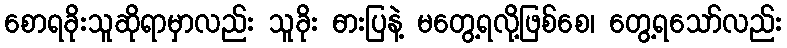
စောရခိုးသူဆိုရာမှာလည်း သူခိုး ဓားပြနဲ့ မတွေ့ရလို့ဖြစ်စေ၊ တွေ့ရသော်လည်း